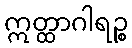
ဣတ္ထာဂါရဉ္စ